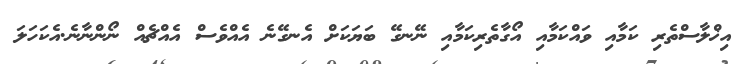
އިޚްލާސްތެރި ކަމާއި ވައްކަމާއި އޯގާތެރިކަމާއި ނޭނގޭ ބަޔަކަށް އެނގޭނެ އެއްވެސް އެއްޗެއް ނޯންނާނެ.އެކަހަލަ